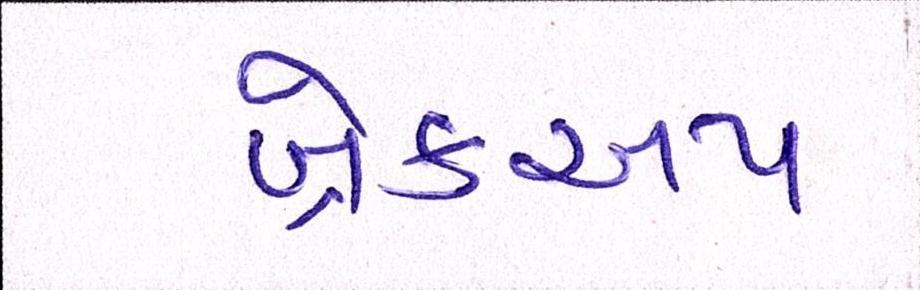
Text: બ્રેકઅપ